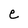
Character: e